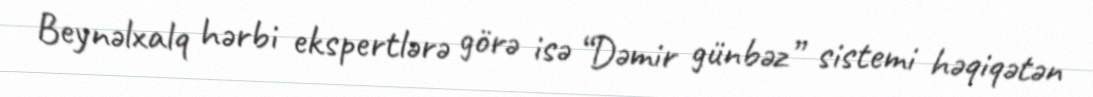
Beynəlxalq hərbi ekspertlərə görə isə “Dəmir günbəz” sistemi həqiqətən